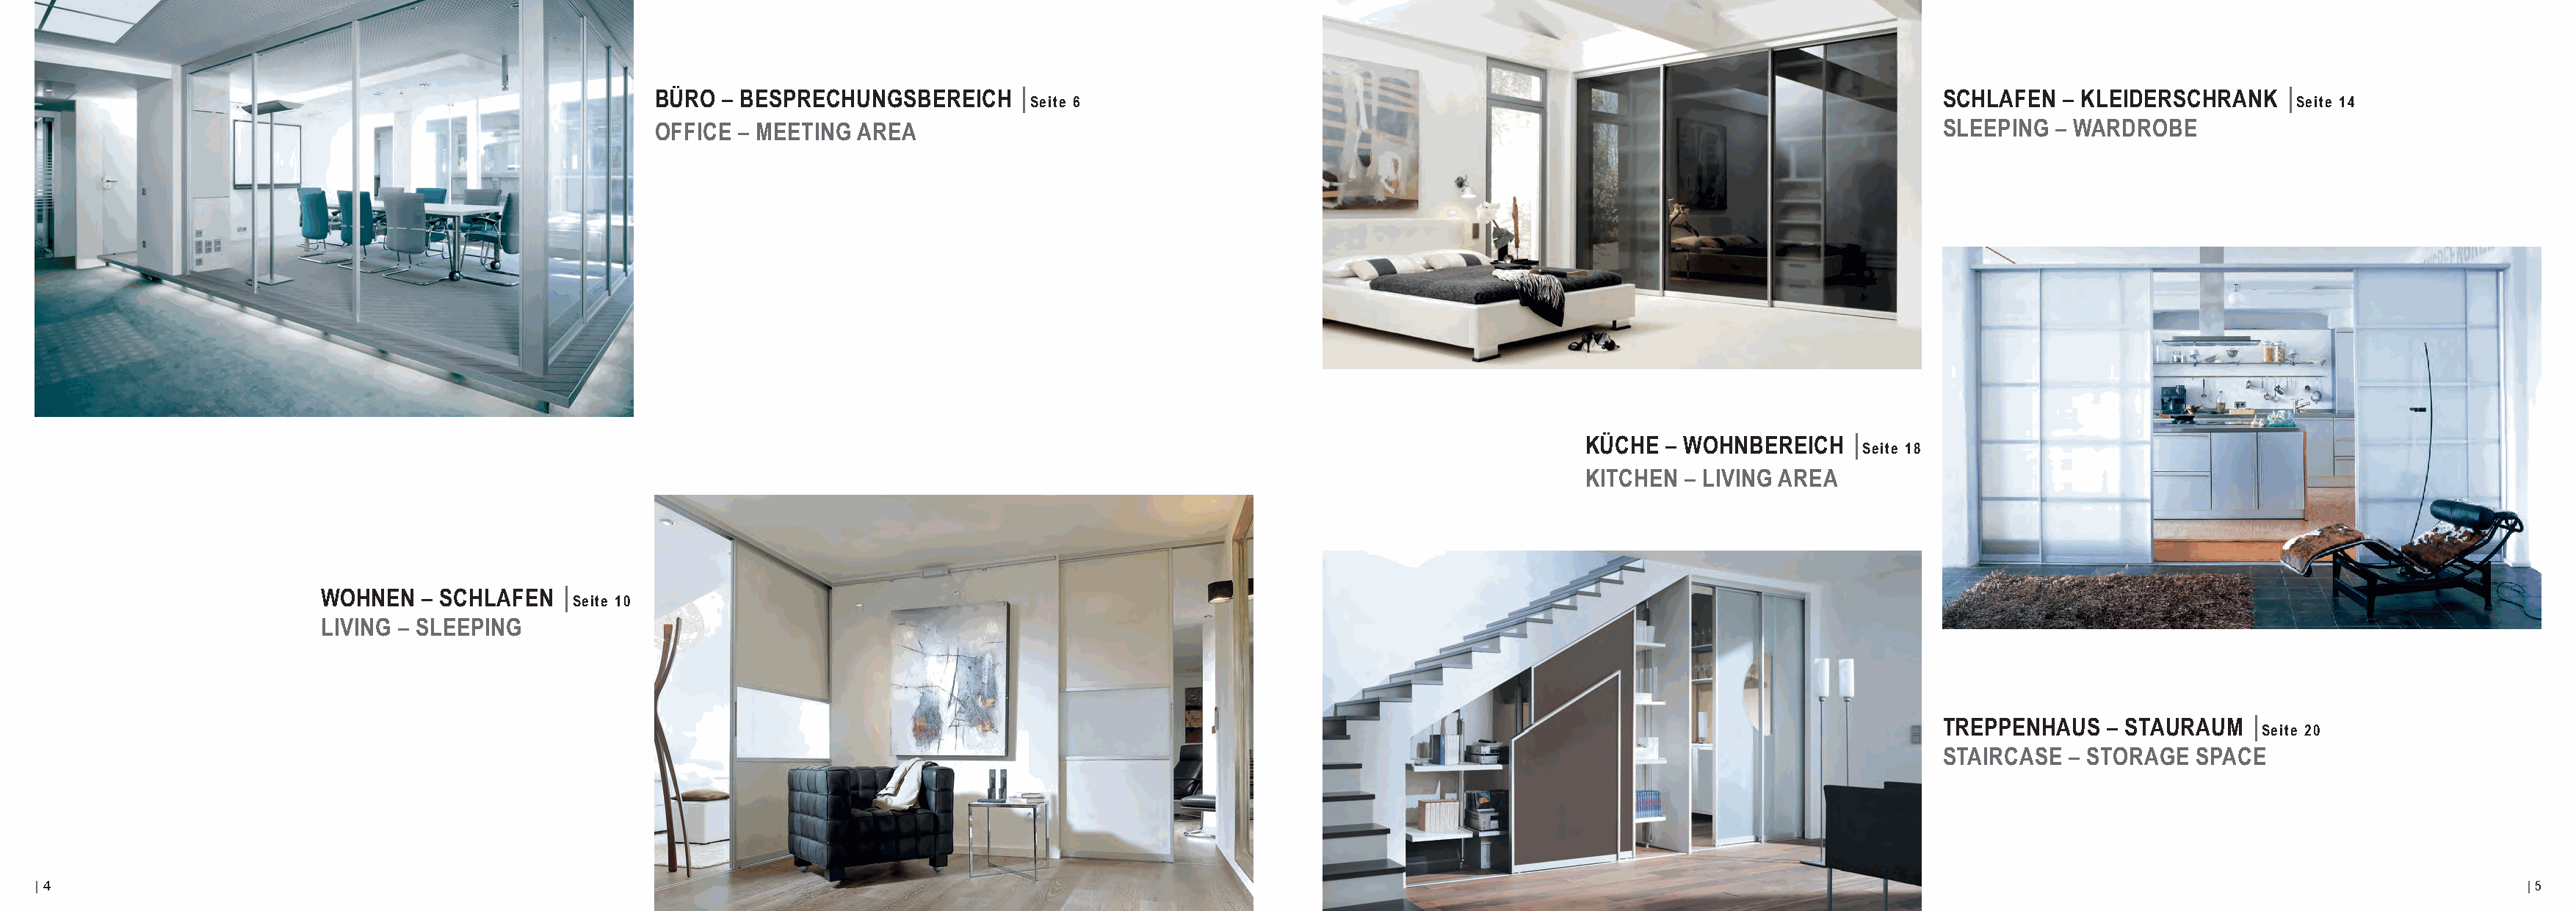
BÜRO  – BESPRECHUNGSBEREICH      |                                                                                  SCHLAFEN   – KLEIDERSCHRANK    |
 Seite 6                                                                                                           Seite 14
 OFFICE  – MEETING AREA                                                                                              SLEEPING  – WARDROBE
 KÜCHE  – WOHNBEREICH    |
 Seite 18
 KITCHEN  – LIVING AREA
 WOHNEN   – SCHLAFEN   |
 Seite 10
 LIVING – SLEEPING
 TREPPENHAUS    – STAURAUM   |
 Seite 20
 STAIRCASE   – STORAGE  SPACE
 | 4                                                                                                                                                                                                                              | 5